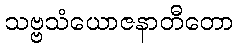
သဗ္ဗသံယောဇနာတီတော